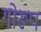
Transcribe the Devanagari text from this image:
गोरूप